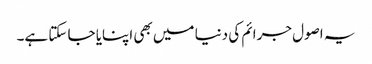
یہ اصول جرائم کی دنیا میں بھی اپنایا جا سکتا ہے۔